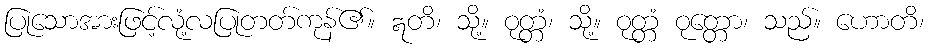
ပြုသောအားဖြင့်လုံ့လပြုတတ်ကုန်၏။ ဣတိ၊ သို့။ ဝုတ္တံ၊ သို့။ ဝုတ္တံ ဝုတ္တော၊ သည်။ ဟောတိ၊